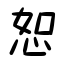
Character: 恕